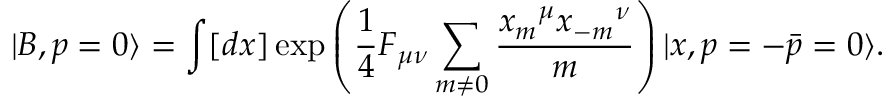
| B , p = 0 \rangle = \int [ d x ] \exp \left( { \frac { 1 } { 4 } } F _ { \mu \nu } \sum _ { m \neq 0 } { \frac { { x _ { m } } ^ { \mu } { x _ { - m } } ^ { \nu } } { m } } \right) | x , p = - \bar { p } = 0 \rangle .